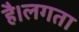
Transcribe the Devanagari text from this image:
है।लगता